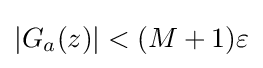
\left|G_{a}(z)\right|<(M+1)\varepsilon